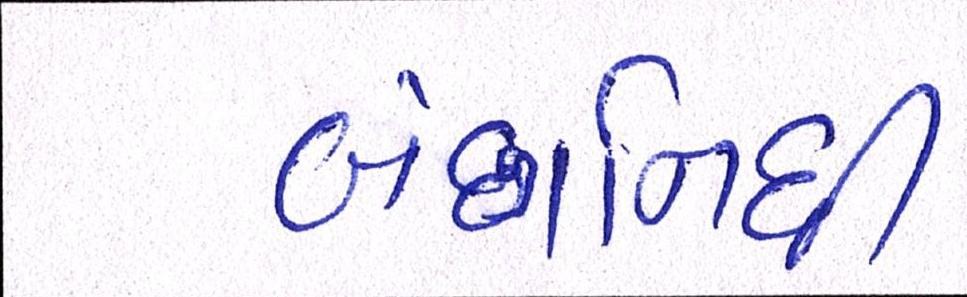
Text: બંછાનિધી